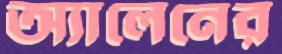
অ্যালেনের